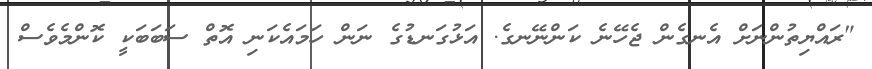
"ރައްޔިތުންނަށް އެނގެން ޖެހޭނެ ކަންނޭނގެ. އަޅުގަނޑުގެ ނަން ހަމައެކަނި އޮތް ސަބަބަކީ ކޮންމެވެސް